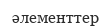
әлементтер